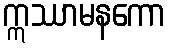
ဣဿာမနကော